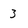
Character: 3